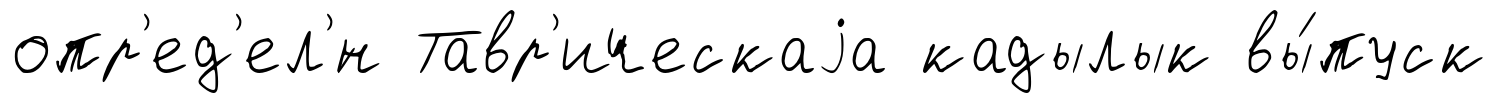
опр'ед'ел'́н Тавр'ическаjа кадылык вы́пуск